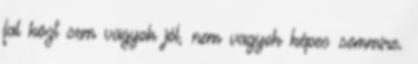
fal közt sem vagyok jól, nem vagyok képes semmire.